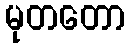
မုတတော